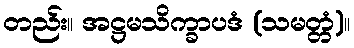
တည်း။ အဋ္ဌမသိက္ခာပဒံ (သမတ္တံ)။